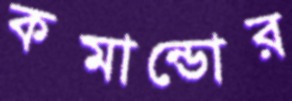
কমান্ডোর